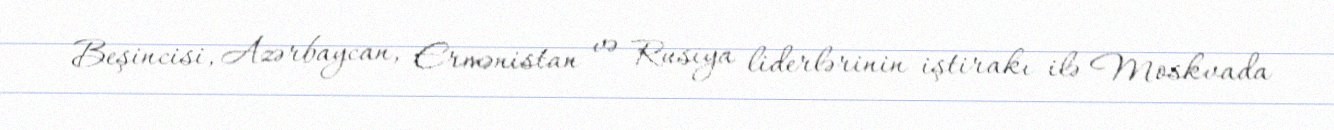
Beşincisi, Azərbaycan, Ermənistan və Rusiya liderlərinin iştirakı ilə Moskvada